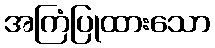
အကြံပြုထားသော